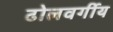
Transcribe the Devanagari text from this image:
ढोलवर्गीय